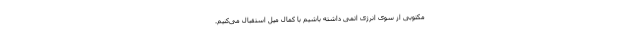
مکتوبی از سوی انرژی اتمی داشته باشیم با کمال میل استقبال می‌کنیم.